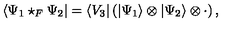
\langle \Psi _ { 1 } \star _ { F } \Psi _ { 2 } | = \langle V _ { 3 } | \left( | \Psi _ { 1 } \rangle \otimes | \Psi _ { 2 } \rangle \otimes \cdot \right) ,